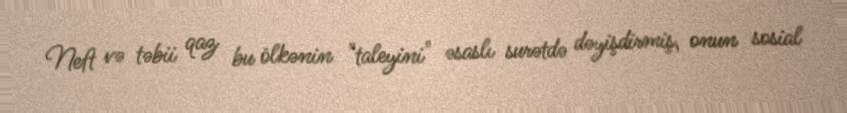
Neft və təbii qaz bu ölkənin "taleyini" əsaslı surətdə dəyişdirmiş, onun sosial